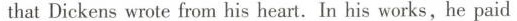
that Dickens wrote from his heart. In his works, he paid